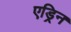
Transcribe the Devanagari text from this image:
एड्रिन